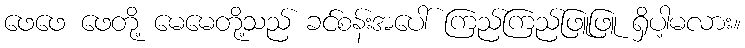
ဖေဖေ ဖေတို့ မေမေတို့သည် ခင်စန်းအပေါ် ကြည်ကြည်ဖြူဖြူ ရှိပါ့မလား။